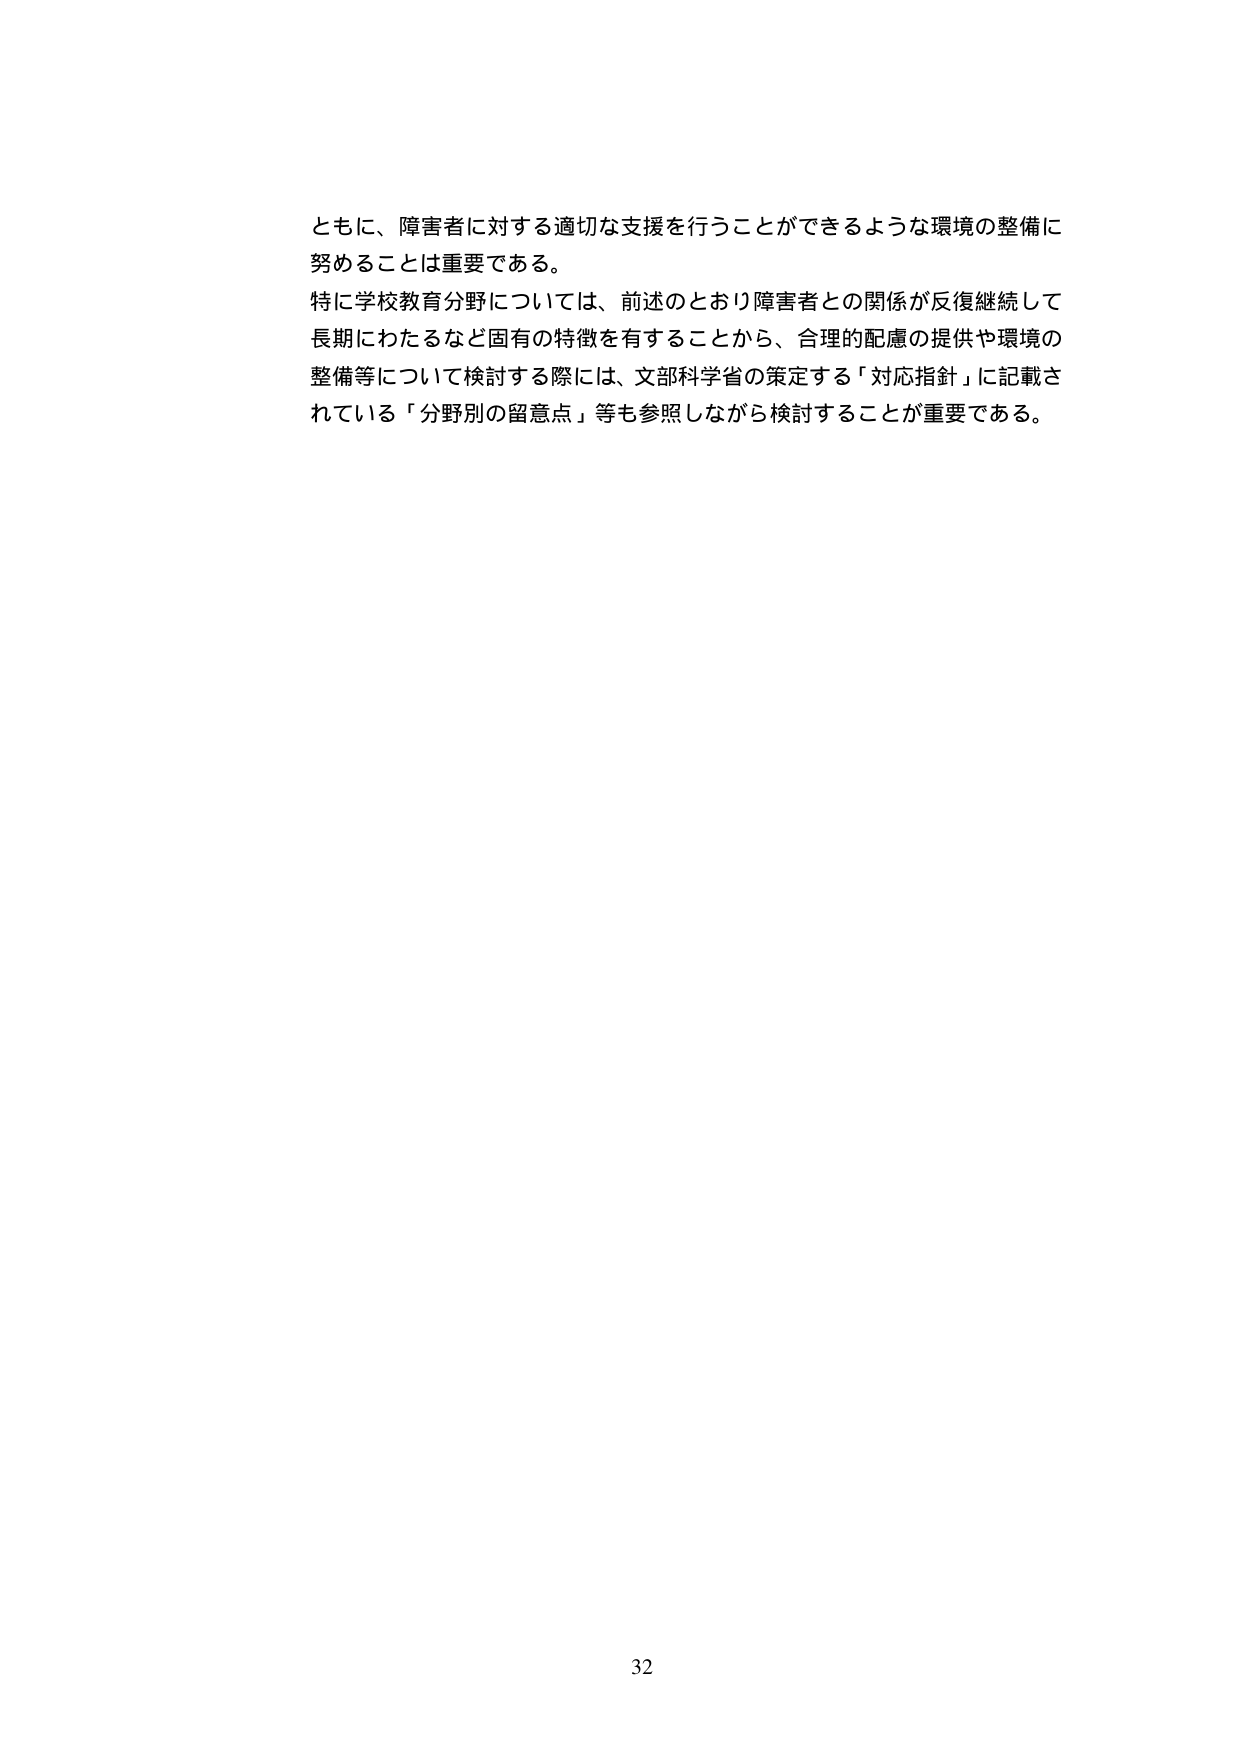
ともに、障害者に対する適切な支援を行うことができるような環境の整備に
努めることは重要である。
特に学校教育分野については、前述のとおり障害者との関係が反復継続して
長期にわたるなど固有の特徴を有することから、合理的配慮の提供や環境の
整備等について検討する際には、文部科学省の策定する「対応指針」に記載さ
れている「分野別の留意点」等も参照しながら検討することが重要である。

32